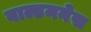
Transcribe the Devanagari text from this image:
बाल्डमनेस